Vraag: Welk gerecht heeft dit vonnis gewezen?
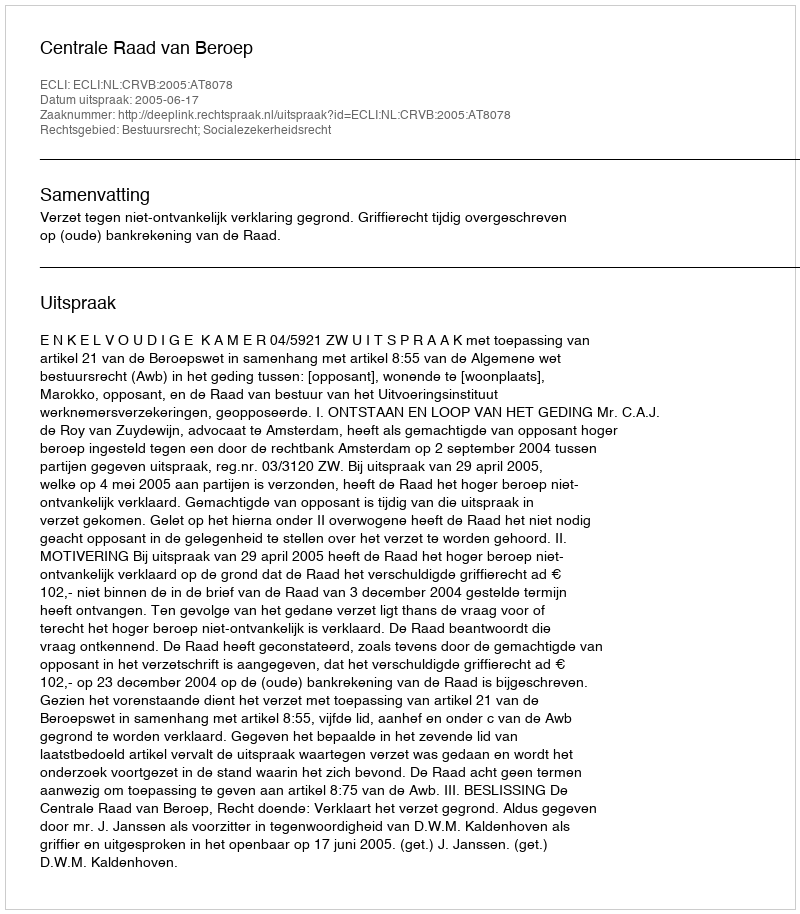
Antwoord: Centrale Raad van Beroep